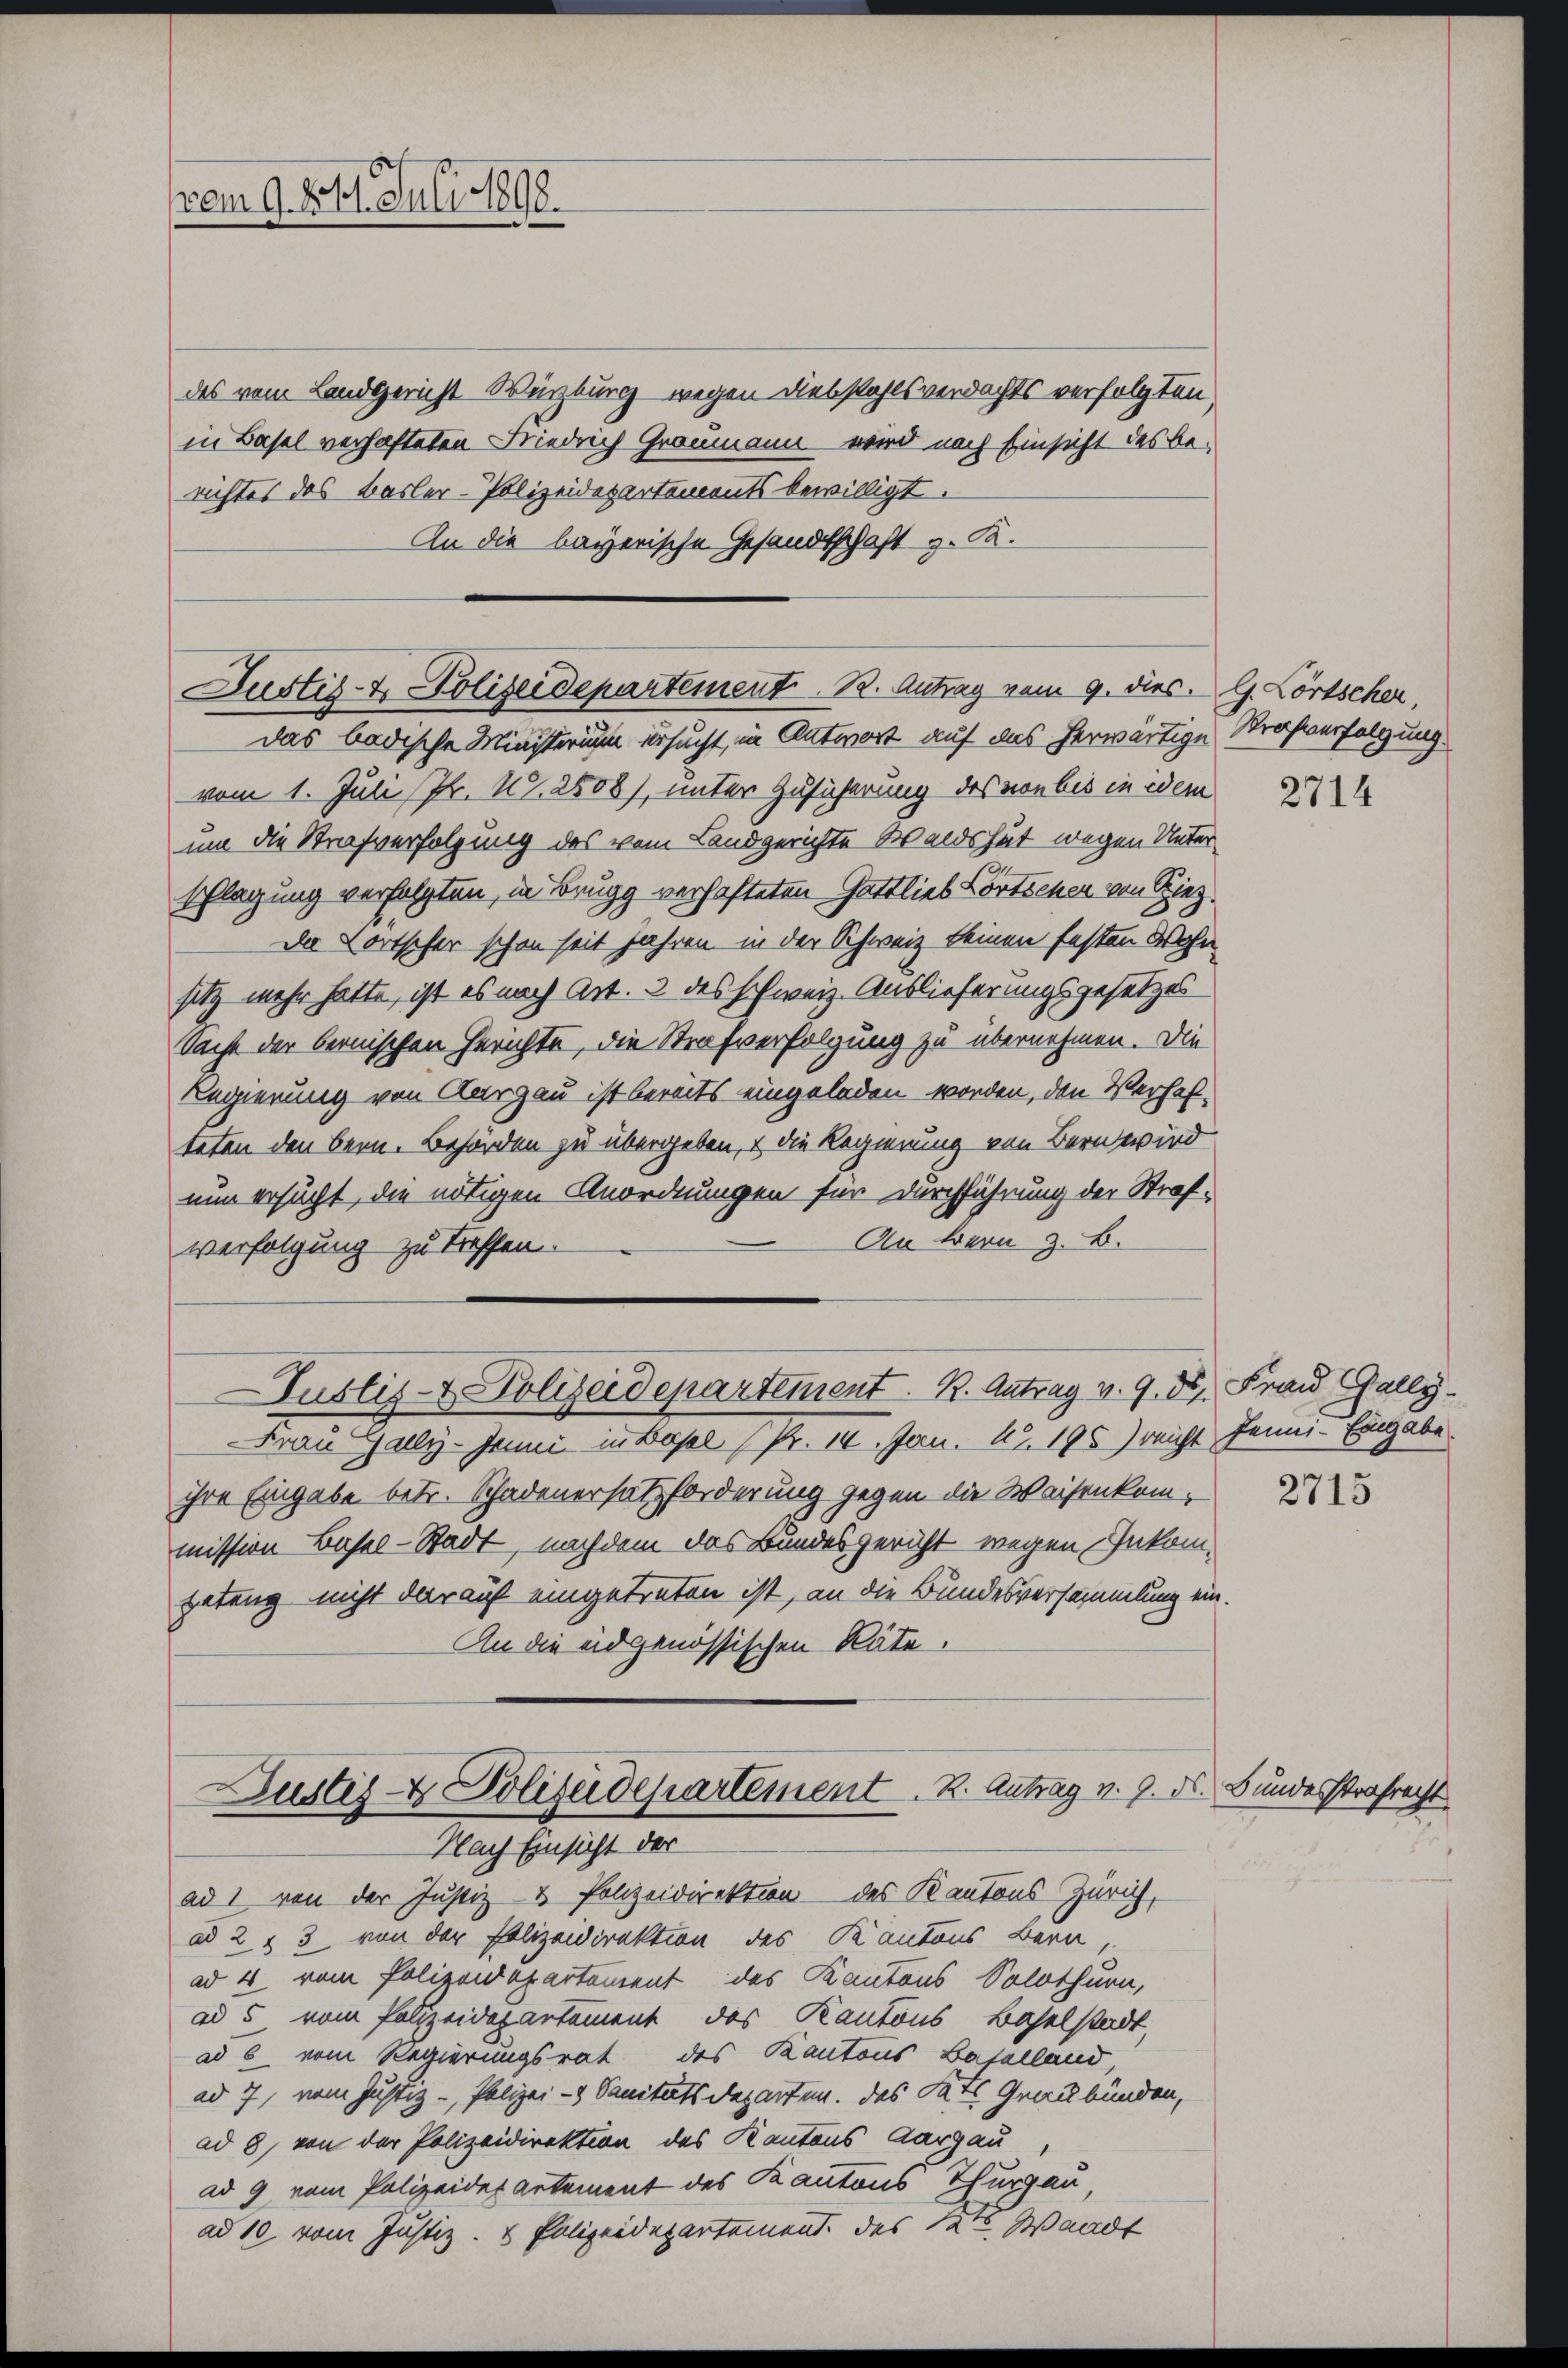
vom 9. 21. Juli 1898.

des vom Landgericht Würzburg wegen Diebstahlsverdachts verfolgten,
in Basel verhafteten Friedrich Graumann wird nach Einsicht des be-
richtes des Basler-Polizeidepartements bewilligt.
An die bayerische Gesandtschaft z. B.

Justiz- & Polizeidepartement. B. Antrag vom 9. dies. G. Körtscher,
Das badische Ministerium ersucht, in Antwort auf das herwärtige Strafverfolgung

vom 1. Juli (Fr. N. 2508), unter Zusicherung des von bis in idem
um die Strafverfolgung des vom Landgerichte Waldshut wegen Unterschlagung verfolgten, in Brugg verhafteten Gattlieb Fortscher von Spiez.
de Fortscher schon seit Jahren in der Schweiz keinen festen Wohn-
sitz mehr hatte, ist es nach Art. 3 des schweiz. Auslieferungsgesetzes
Sache der bernischen Gerichte, die Strafverfolgung zu übernehmen. Die
Regierung von Aargau ist bereits eingeladen worden, den Verhafteten den Bern. Behörden zu übergeben, & die Regierung von Bern wird
nun ersucht, die nötigen Anordnungen für Durchführung der Straf¬
An Bern z. B.
verfolgung zu treffen.
Frau Gally-Juni in Basel (Pr. 10. Jan. 12. 195) reicht Jenni- Eingabe.
ihre Eingabe betr. Schadenersatzforderung gegen die Waisenkommission Basel-Stadt, nachdem das Bundesgericht wegen Inkomzatung nicht darauf eingetreten ist, an die Bundesversammlung ein.
An die eidgenössischen Räte.
Justiz- & Polizeidepartement. K. Antrag v. 9. ds. Bundesstrafrecht
Nach Einsicht der
ad 1 von der Justiz- & Polizeidirektion des Kantons Zürich,
ad 2 & 3 von der Polizeidirektion des Kantons Bern,
ad 4 vom Polizeidepartement des Kantons Solothurn,
ad 5 vom Polizeidepartement, das Kantons Baselstadt,
ad 6 vom Regierungsrat des Kantons Baselland,
ad 7, vom Justiz - Polizei- & Sanitätsdeparten. Das Rats Graubünden,
ad 8, von der Polizeidirektion des Kantons Aargau
ad 9, vom Polizeidepartement des Kantons Thurgau
ad 10. vom Justiz- & Polizeidepartement. des Kts. Waadt

Justiz- & Polizeidepartement. K. Antrag v. 9. 55, Frau Gally.

2714

2715